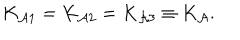
LaTeX: K _ { { \cal A } 1 } = K _ { { \cal A } 2 } = K _ { { \cal A } 3 } \equiv K _ { \cal A } .